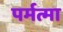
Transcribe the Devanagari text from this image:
पर्मत्मा